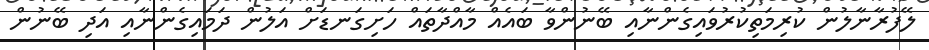
ލޭފުރާނާލުން ކުރިމަތިކުރުވައިގެންނާއި ބޭނުންވާ ބައެއް މާއްދާތައް ހަށިގަނޑަށް އަލުން ދަމައިގެންނާއި އަދި ބޭނުން